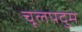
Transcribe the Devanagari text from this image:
चूलपदुम